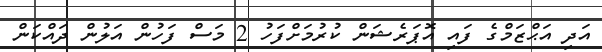
އަދި އަޙްޒަމްގެ ފައި އޮޕަރެޝަން ކުރުމަށްފަހު 2 މަސް ފަހުން އަލުން ދައްކަން